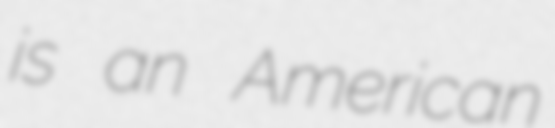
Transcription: is an American